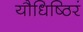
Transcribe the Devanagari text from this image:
यौधिष्ठिरं